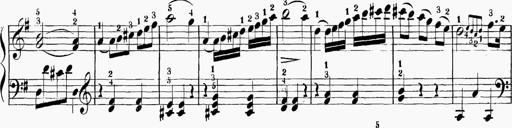
Title: 6 Sonatinas
Composer: Carl Reinecke